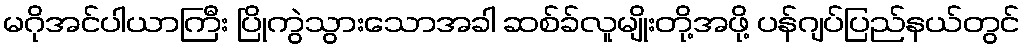
မဂိုအင်ပါယာကြီး ပြိုကွဲသွားသောအခါ ဆစ်ခ်လူမျိုးတို့အဖို့ ပန်ဂျပ်ပြည်နယ်တွင်